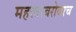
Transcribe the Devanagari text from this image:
महत्त्वाबरोबरच